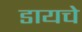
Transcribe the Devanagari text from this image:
डायचे